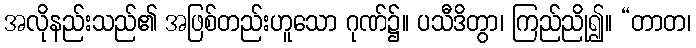
အလိုနည်းသည်၏ အဖြစ်တည်းဟူသော ဂုဏ်၌။ ပသီဒိတွာ၊ ကြည်ညို၍။ “တာတ၊